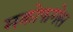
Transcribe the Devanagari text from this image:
मक्रोफगेस